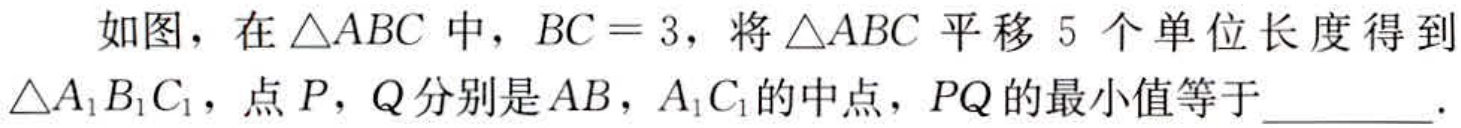
如图，在$\triangle ABC$中，$BC = 3$，将$\triangle ABC$平移$5$个单位长度得到$\triangle A_{1}B_{1}C_{1}$，点$P$，$Q$分别是$AB$，$A_{1}C_{1}$的中点，$PQ$的最小值等于_________.